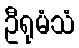
ဦရုမံသံ